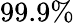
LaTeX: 99.9\%